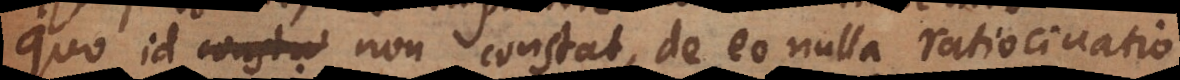
quo id non constat, de eo nulla ratiocinatio